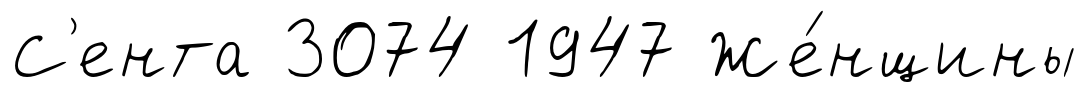
С'ента 3074 1947 Же́нщины